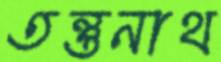
তন্তুনাথ